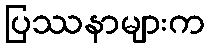
ပြဿနာများက